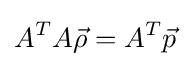
A^{T}A{\vec {\rho }}=A^{T}{\vec {p}}